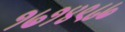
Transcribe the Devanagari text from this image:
१७१४९८७